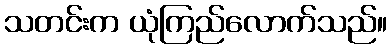
သတင်းက ယုံကြည်လောက်သည်။